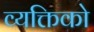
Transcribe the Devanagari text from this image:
व्यक्तिको